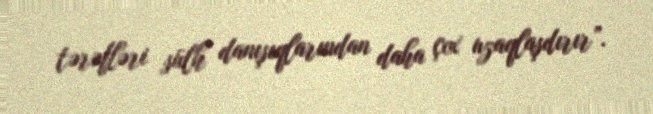
tərəfləri sülh danışıqlarından daha çox uzaqlaşdırır”.